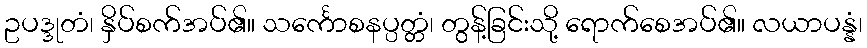
ဥပဒ္ဒုတံ၊ နှိပ်စက်အပ်၏။ သင်္ကောစနပ္ပတ္တံ၊ တွန့်ခြင်းသို့ ရောက်စေအပ်၏။ လယာပန္နံ၊